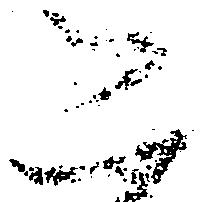
恐